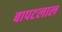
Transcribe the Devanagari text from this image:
बापटलाल